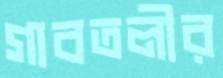
গাবতলীর